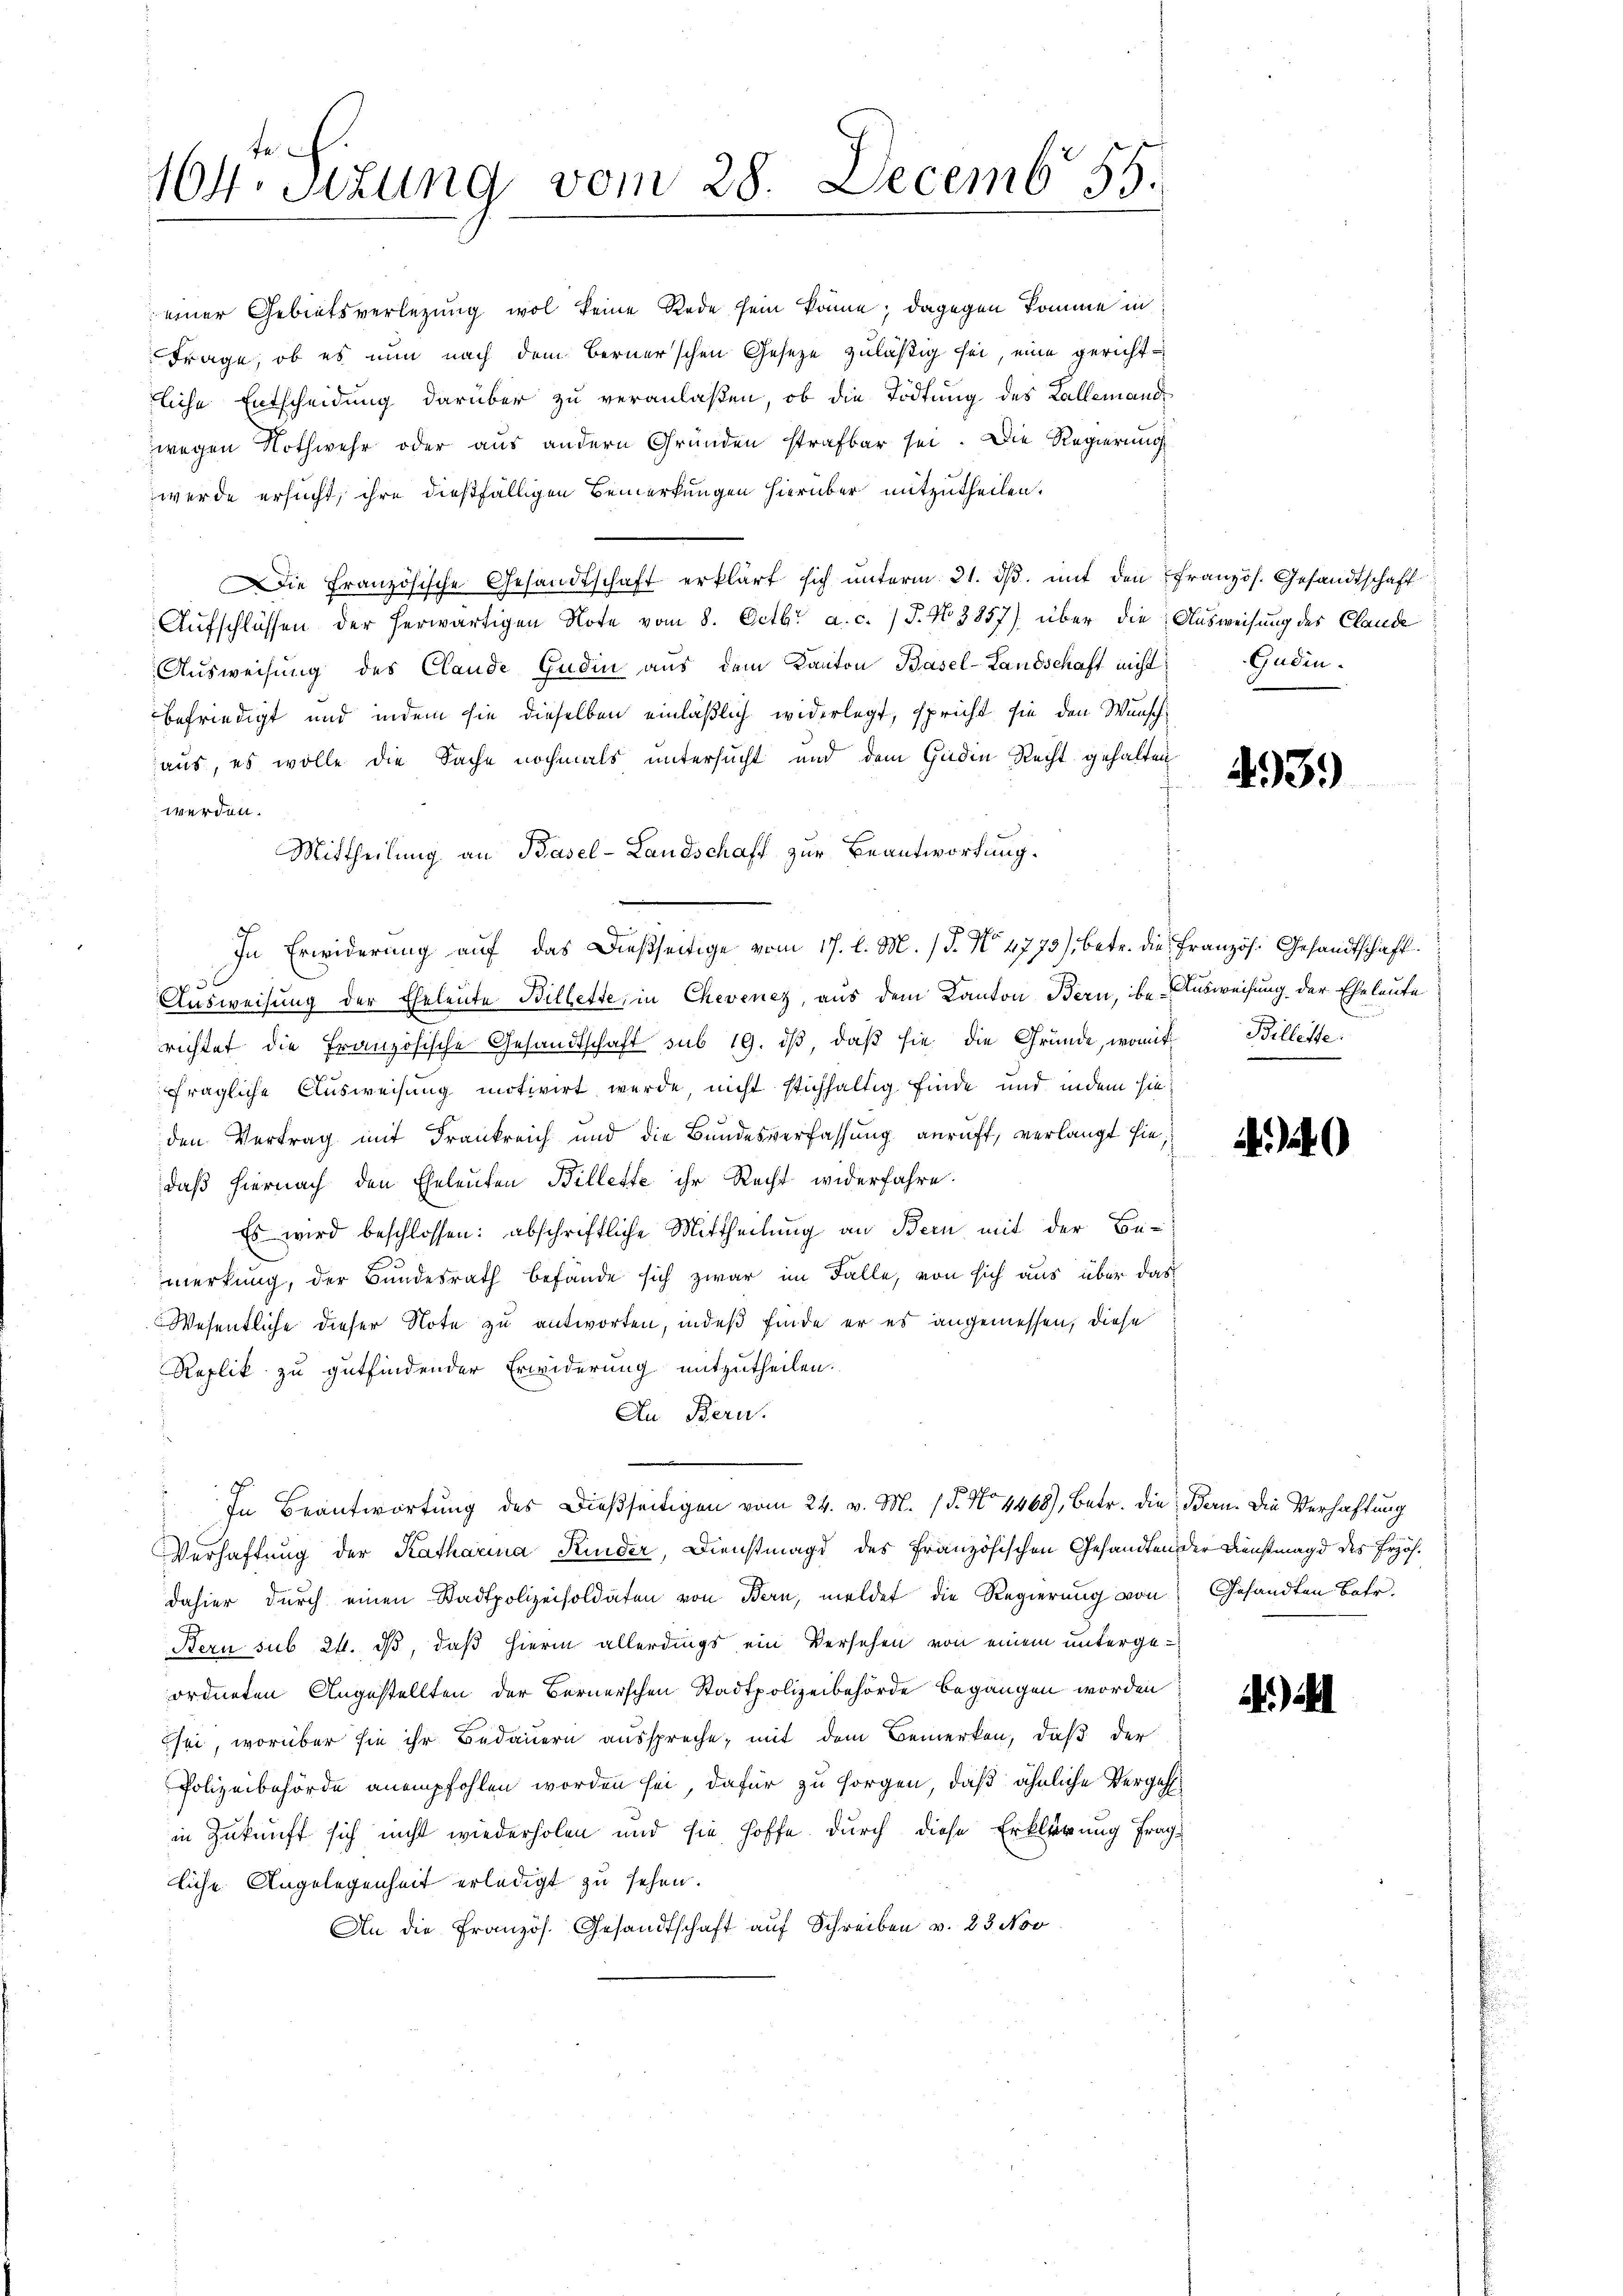
164. Sizung vom 28. Decemb. 55.

Die Französische Gesandtschaft erklärt sich ŭnterm 21. dβ. mit den französ. Gesandtschaft
Aŭfschlüssen der herwärtigen Note vom 8. Octbr. a. c. / J. No 3857) über die Ausweisung des Claude
Ausweisung des Claude Gudin aus dem Kanton Basel-Landschaft nicht
befriedigt und indem sie dieselben einläßlich widerlegt, spricht sie den Wunsch
aus, es wolle die Sache nochmals untersucht und dem Guden Recht gehalten
werden.
Mittheilung an Basel-Landschaft zur Beantwortung.
In Erwiderung auf das Dießseitige vom 17. l. M. (T. No. 4773), betr. die Französ. Gesandtschaft.
f30
Ausweisung der Eheleute Billette, in Chevenez, aus dem Kanton Bern, be Ausweisung der Eheleute
richtet die Französische Gesandtschaft sub 19. dβ, daß sie die Gründe, womit
fragliche Ausweisung motivirt werde, nicht stichhaltig finde und indem hieden Vertrag mit Frankreich und die Bundesverfassung anruft, verlangt sie,
daß hiernach den Eheleuten Billette ihr Recht widerfahre.
 Es wird beschlossen: abschriftliche Mittheilung an Bern mit der Be-
merkung, der Bundesrath befände sich zwar im Falle, von sich aus über das
Wesentliche dieser Note zu antworten, indeß finde er es angemessen, diese
Replik zu gutfindender Erwiderung mitzutheilen.
An Bern.
e
In Beantwortung des Dießseitigen vom 24. v. M. (T. No 4468), betr. die Bern. Die Verhaftung
Verhaftung der Katharina Kinder, Dienstmagd des Französischen Gesandten der Dienstmagd des Erzöhdahier durch einen Stadtpolizeisoldaten von Bern, meldet die Regierung von Gesandten Betr.
Bern sub 24. ds, daß hierin allerdings ein Versehen von einem untergeordneten Angestellten der Bernerschen Stadtpolizeibehörde begangen worden
sei, worüber sie ihr Bedauern ausspreche, mit dem Bemerken, daß der
Polizeibehörde anempfohlen worden sei, dafür zu sorgen, daß ähnliche Vergeh
in Zukunft sich nicht wiederholen und sie hoffe durch diese Erklärung frag-
liche Angelegenheit erledigt zu sehen.
An die Französ. Gesandtschaft auf Schreiben v. 23. Nov

einer Gebietsverlegung wol keine Rede sein könne; dagegen komme in
Frage, ob es nun nach dem Bernerschen Gesetze zuläßig sei, eine gerichtfliche Entscheidung darüber zu veranlaßen, ob die Tödtung des Kallemand
wegen Nothwehr oder aus andern Gründen strafbar sei. Die Regierung
werde ersucht, ihre dießfälligen Bemerkungen hierüber mitzutheilen.

Gudin.

493.

Billeite.

12)

1) al